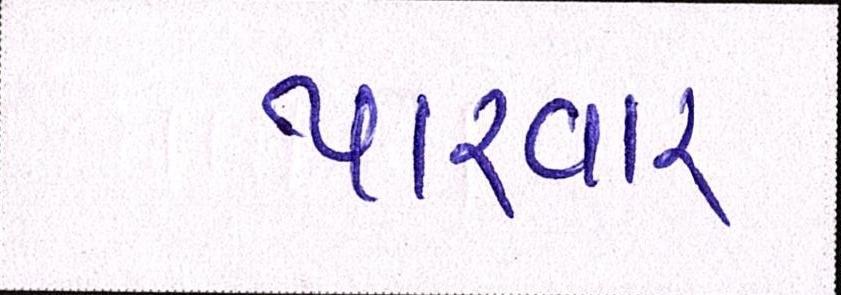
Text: પારવાર